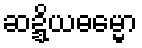
ဆဍ္ဍိယဓမ္မော